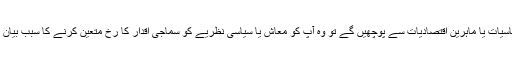
اسی طرح ماہرینِ سیاسیات یا ماہرینِ اقتصادیات سے پوچھیں گے تو وہ آپ کو معاش یا سیاسی نظریے کو سماجی اقدار کا رخ متعین کرنے کا سبب بیان کرتے نظر آئیں گے۔